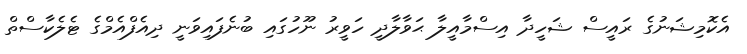
އެކޮމިޝަނުގެ ރައީސް ޝަހީދާ އިސްމާއީލާ ޙަވާލާދީ ހަވީރު ނޫހުގައި ބުނެފައިވަނީ ދިއެފްއެމްގެ ޓެލެކާސްތް